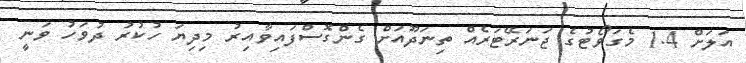
އަލަށް 1.4 މެގަވޯޓުގެ ޖަނަރޭޓަރެއް ތިނަދޫއަށް ގެންގޮސްފައިވާއިރު މިދިޔަ ހުކުރު ދުވަހު ވަނީ